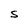
Character: S